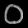
Digit: ၀